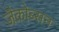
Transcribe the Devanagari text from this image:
जैकोब्सन